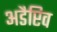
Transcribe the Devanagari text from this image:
अडैप्टिव